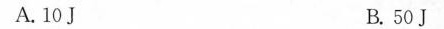
A.10J B.50J